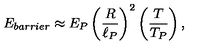
E _ { b a r r i e r } \approx E _ { P } \left( { \frac { R } { \ell _ { P } } } \right) ^ { 2 } \left( { \frac { T } { T _ { P } } } \right) ,